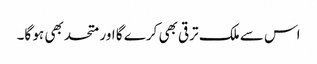
اس سے ملک ترقی بھی کرے گا اور متحد بھی ہو گا۔